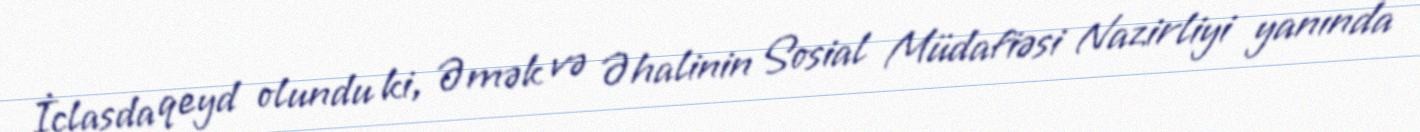
İclasda qeyd olundu ki, Əmək və Əhalinin Sosial Müdafiəsi Nazirliyi yanında